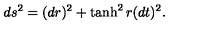
d s ^ { 2 } = ( d r ) ^ { 2 } + \tanh ^ { 2 } r ( d t ) ^ { 2 } .